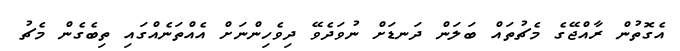
އެގޮތުން ރާއްޖޭގެ މެޗުތައް ބަލަން ދަނޑަށް ނުވަދެވޭ ދިވެހިންނަށް އެއްތަނެއްގައި ތިބެގެން މެޗު